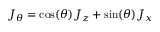
J _ { \theta } = \cos ( \theta ) J _ { z } + \sin ( \theta ) J _ { x }